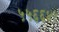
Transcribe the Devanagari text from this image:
५५६६४१